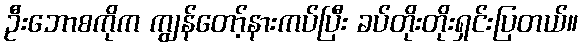
ဦးဘောစကိုက ကျွန်တော့်နားကပ်ပြီး ခပ်တိုးတိုးရှင်းပြတယ်။